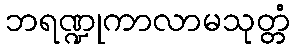
ဘရဏ္ဍုကာလာမသုတ္တံ